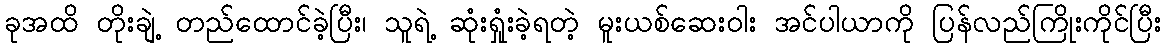
ခုအထိ တိုးချဲ့ တည်ထောင်ခဲ့ပြီး၊ သူရဲ့ ဆုံးရှုံးခဲ့ရတဲ့ မူးယစ်ဆေးဝါး အင်ပါယာကို ပြန်လည်ကြိုးကိုင်ပြီး